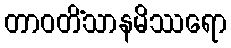
တာဝတိံသာနမိဿရော